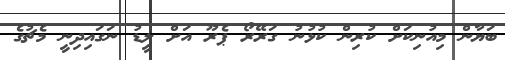
ބަޔާން މިއުނިކަށް ކުރިން ކުޅުނު ގަރޭރޯ ޕެރޫ އަށް ލީޑު ނަގައިދިނީ މެޗުގެ